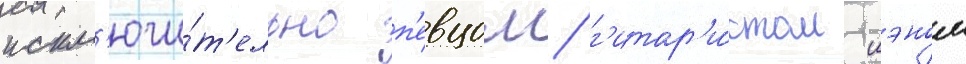
искл'ючи́т'ельно п'евцом/ г'итар'и́стом иэном